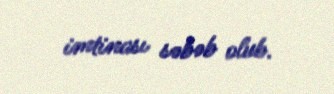
imtinası səbəb olub.